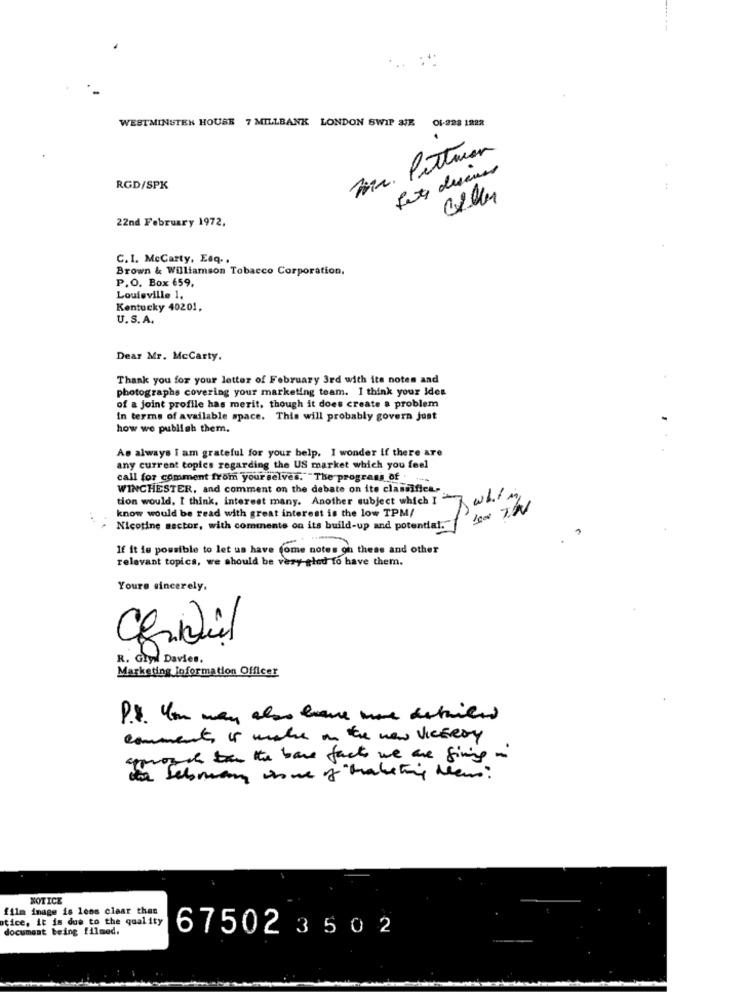
WESTMINSTER HOUSE 7 MILLBANK LONDON SWIP SIE
01-228 1822
Pittman
20
RGD/SPK
:
22nd February 1972,
C.I. McCarty, Esq ..
Brown & Williamson Tobacco Corporation.
P.O. Box 659,
Louisville 1.
Kentucky 40201.
U.S. A.
Dear Mr. McCarty.
Thank you for your letter of February 3rd with its notes and
photographe covering your marketing team. I think your ides
of a joint profile has merit, though it does create a problem
In terms of available space. This will probably govern just
how we publish them.
As always I am grateful for your belp. I wonder if there are
any current topics regarding the US market which you feel
call for comment from yourselves.""The programs of . ..
WINCHESTER, and comment on the debate on its classifica-
tion would. I think. interest many. Another subject which I
1000 7.2
know would be read with great interest is the low TPM/
Nicotine sector, with comments on its build-up and potential.
If it is possible to let us have come notes on these and other
relevant topics, we should be very-gled to have them.
Yours sincerely,
R. Glyıl Davies,
Marketing Information Officer
P.S. You may also have more detailed
comments is make in the new VICEROY
approach to the base facts we are giving i
NOTICE
film image is lees clear than
otice, it is due to the quality
document being filmed.
67502 350 2